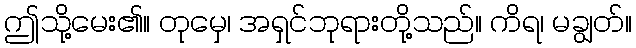
ဤသို့မေး၏။ တုမှေ၊ အရှင်ဘုရားတို့သည်။ ကိရ၊ မချွတ်။